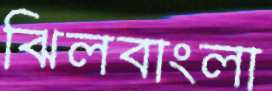
ঝিলবাংলা